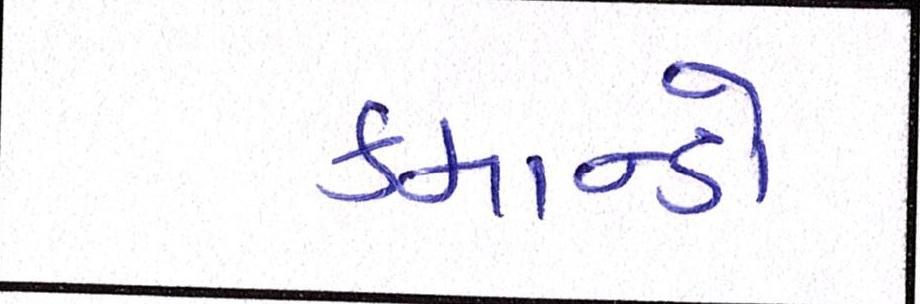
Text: કમાન્ડો